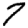
Digit: 7